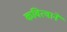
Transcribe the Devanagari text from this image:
कवित्वाने